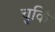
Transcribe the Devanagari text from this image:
चुकिं